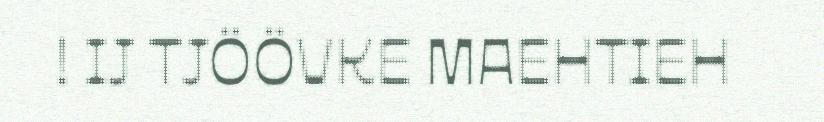
! IJ TJÖÖVKE MAEHTIEH